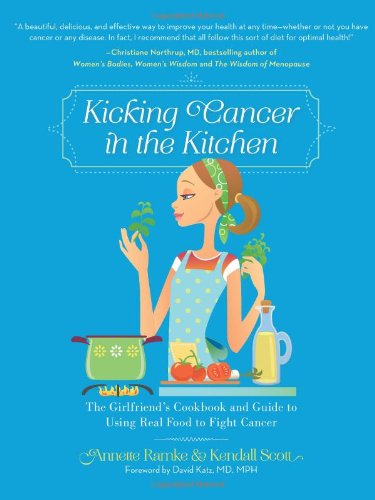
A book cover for Kicking Cancer in the Kitchen: The GirlfriendEEs Cookbook and Guide to Using Real Food to Fight Cancer; Annette Ramke; Cookbooks, Food & Wine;